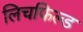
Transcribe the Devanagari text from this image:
लिचफिल्ड